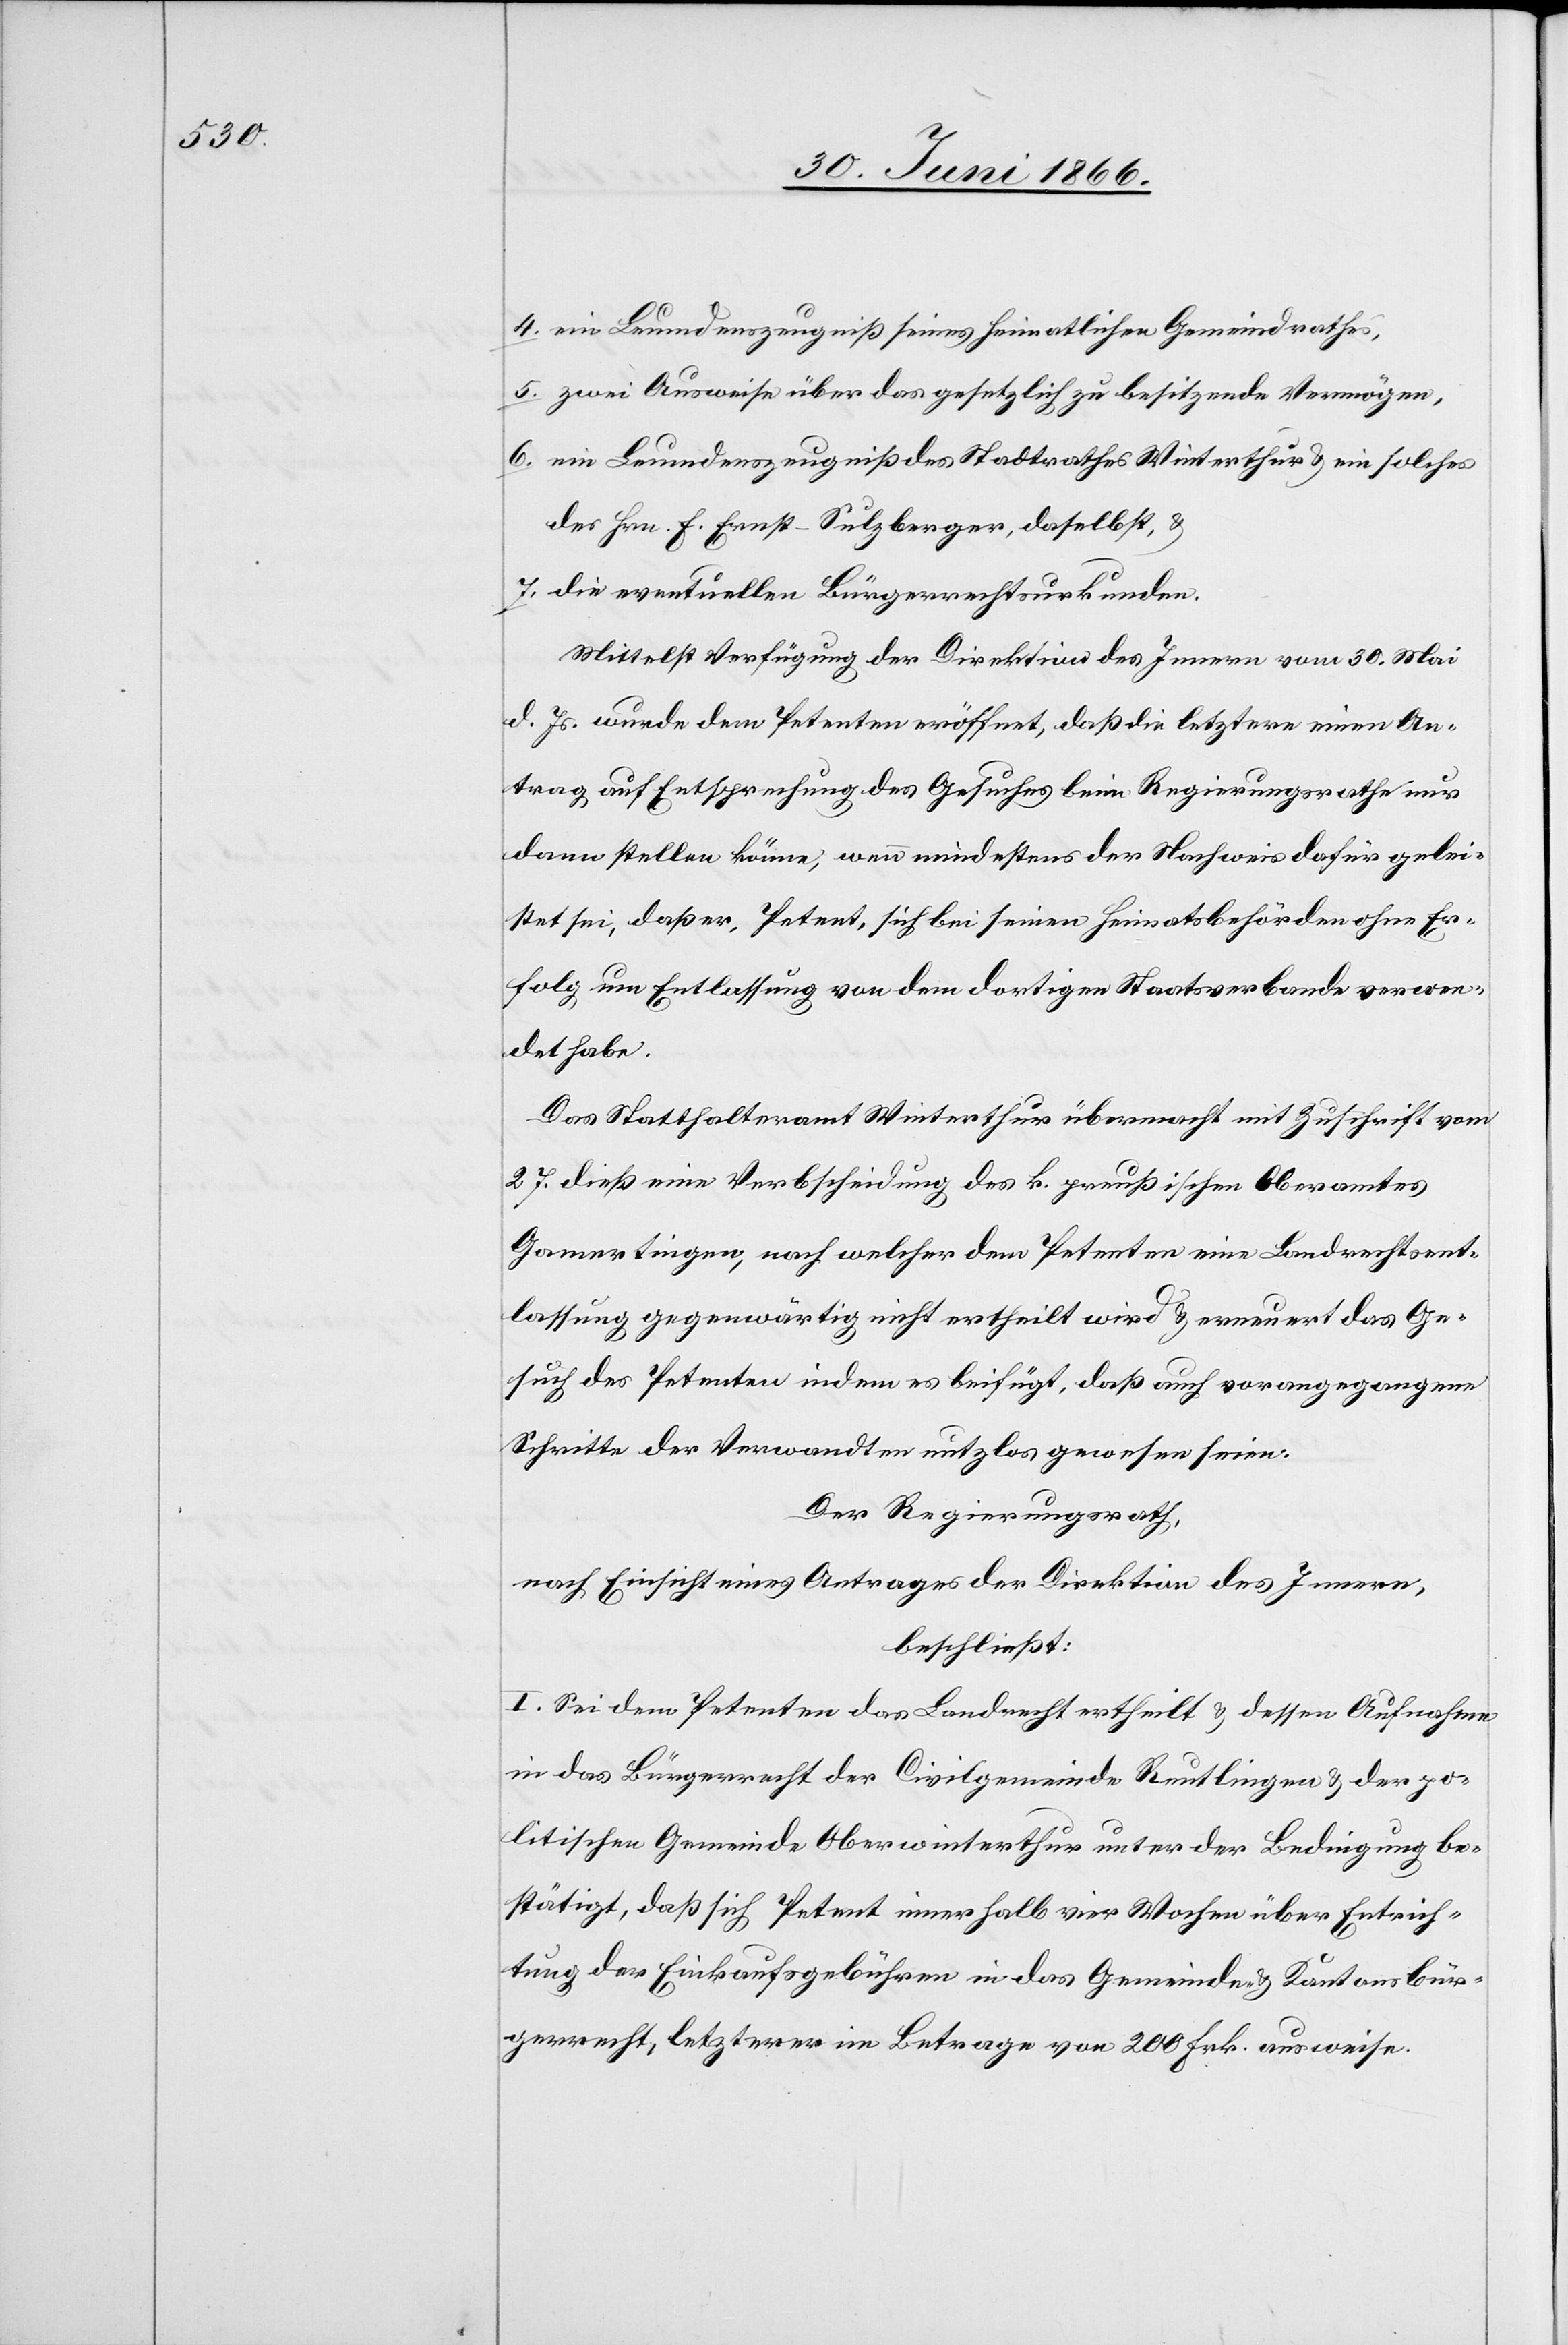
4. ein Leumdenszeugniß seines heimatlichen Gemeindrathes,
5. zwei Ausweise über das gesetzlich zu besitzende Vermögen,
6. ein Leumdenszeugniß des Stadtrathes Winterthur u. ein solches
des Hrn. F. Ernst-Sulzberger, daselbst u.
7. die eventuellen Bürgerrechtsurkunden.
Mittelst Verfügung der Direktion des Innern vom 30. Mai
d. Js. wurde dem Petenten eröffnet, daß die letztere einen An¬
trag auf Entsprechung des Gesuches beim Regierungsrathe nur
dann stellen könne, wenn mindestens der Nachweis dafür gelei¬
stet sei, daß er, Petent, sich bei seinen Heimatsbehörden ohne Er¬
folg um Entlassung von dem dortigen Staatsverbande verwen¬
det habe.
Das Statthalteramt Winterthur übermacht mit Zuschrift vom
27. dieß eine Verbscheidung des k. preußischen Oberamtes
Gamertingen, nach welcher dem Petenten eine Landrechtsent¬
lassung gegenwärtig nicht ertheilt wird u. erneuert das Ge¬
such des Petenten indem es beifügt, daß auch vorangegangene
Schritte der Verwandten nutzlos gewesen seien.
Der Regierungsrath,
nach Einsicht eines Antrages der Direktion des Innern,
beschließt:
I. Sei dem Petenten das Landrecht ertheilt u. dessen Aufnahme
in das Bürgerrecht der Civilgemeinde Reutlingen u. der po¬
litischen Gemeinde Oberwinterthur unter der Bedingung be¬
stätigt, daß sich Petent innerhalb vier Wochen über Entrich¬
tung der Einkaufsgebühren in das Gemeinde- u. Kantonsbür¬
gerrecht, letzterer im Betrage von 200 Frk. ausweise.